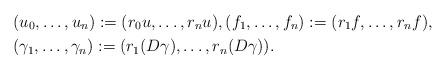
LaTeX: \begin{align*}&(u_{0}, \dots, u_{n}) := (r_{0} u, \dots, r_{n} u), (f_{1}, \dots, f_{n}) := (r_{1} f, \dots, r_{n} f), \\&(\gamma_{1}, \dots, \gamma_{n}) := (r_{1} (D \gamma), \dots, r_{n} (D \gamma)).\end{align*}